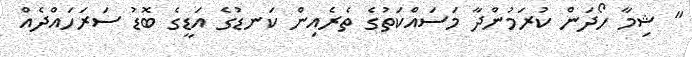
" ޝިމާ ހޯދަން ކުރަމުންދާ މަސައްކަތުގެ ތެރެއިން ކަނޑުގެ އަޑީގެ ބޮޑު ސަރަހައްދެއް